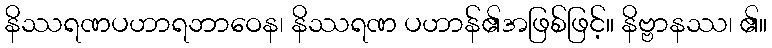
နိဿရဏပဟာရဘာဝေန၊ နိဿရဏ ပဟာန်၏အဖြစ်ဖြင့်။ နိဗ္ဗာနဿ၊ ၏။